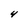
Character: 4